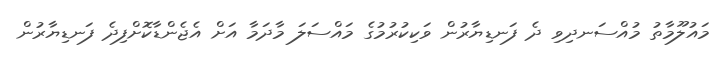
މައުލޫމާތު މުއްސަނދިވި ދެ ފަނޑިޔާރުން ވަކިކުރުމުގެ މައްސަލަ މާދަމާ އަށް އެޖެންޑާކޮށްފިދެ ފަނޑިޔާރުން